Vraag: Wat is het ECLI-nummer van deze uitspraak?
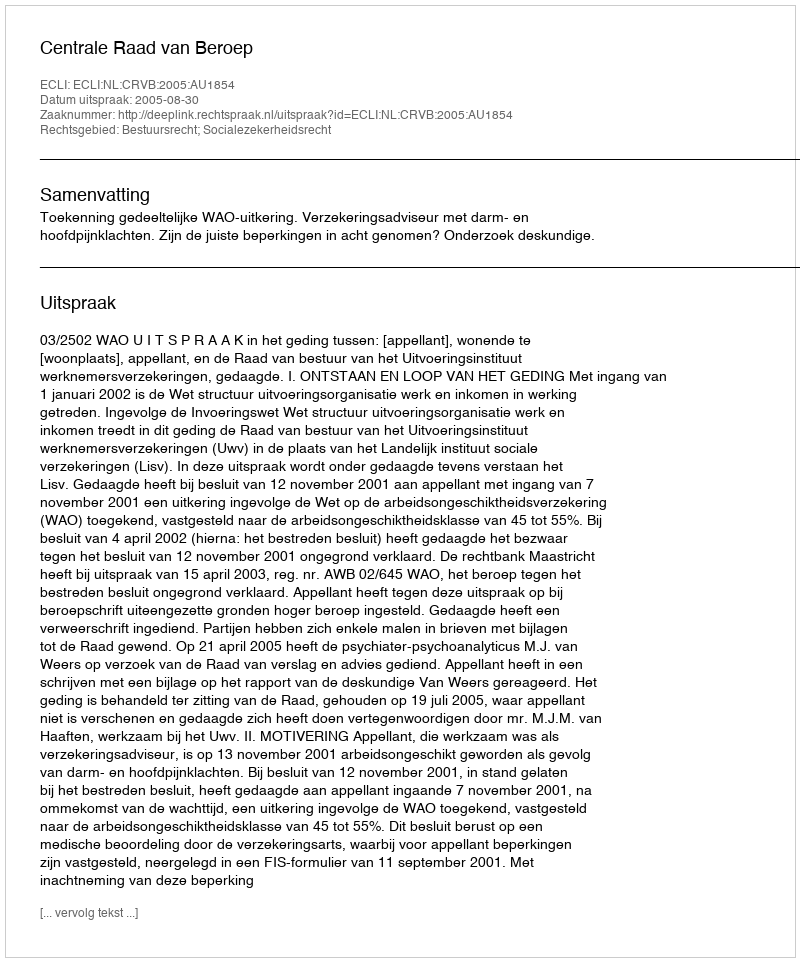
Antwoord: ECLI:NL:CRVB:2005:AU1854